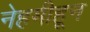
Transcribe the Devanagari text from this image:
नेहमीहून